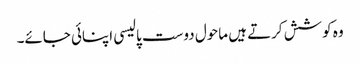
وہ کوشش کرتے ہیں ماحول دوست پالیسی اپنائی جائے۔